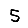
Digit: 5